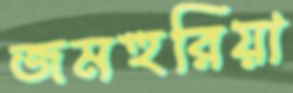
জমহুরিয়া